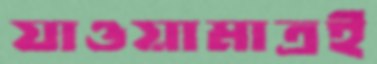
যাওয়ামাত্রই